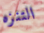
التنزه